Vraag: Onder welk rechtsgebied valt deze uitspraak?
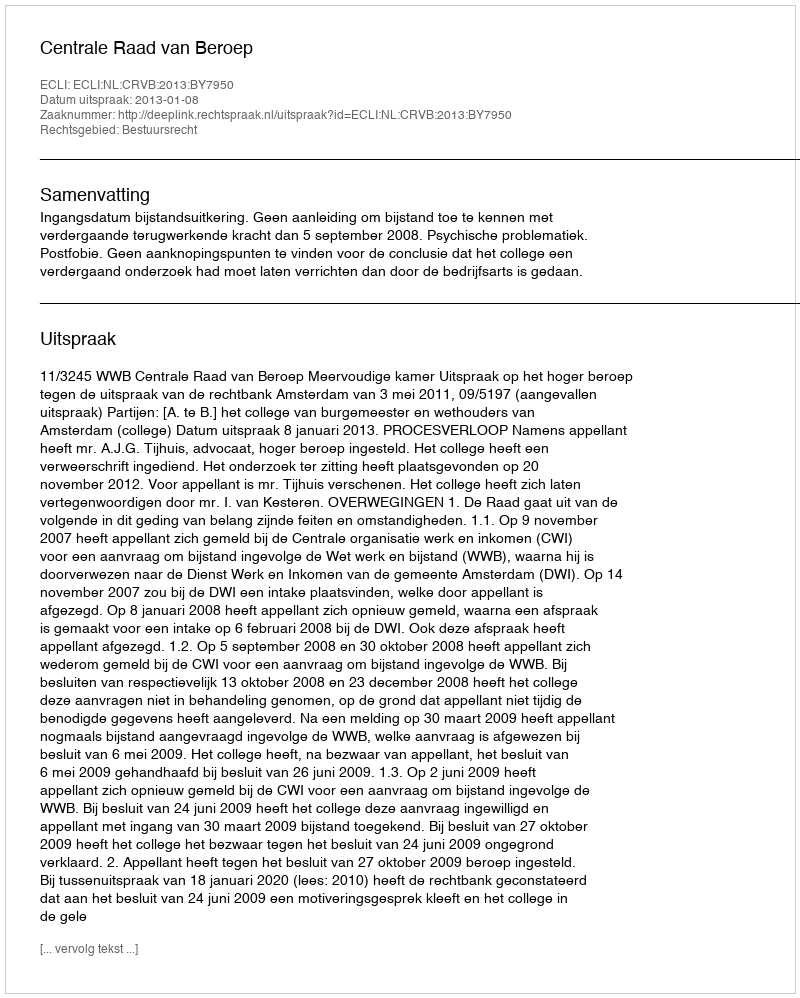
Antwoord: Bestuursrecht